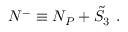
{ \cal N } ^ { - } \equiv N _ { P } + { \tilde { S } } _ { 3 } \ .